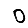
Digit: 0